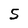
Character: 5